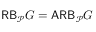
\mathsf { R B } _ { \mathcal P } G = \mathsf { A R B } _ { \mathcal P } G